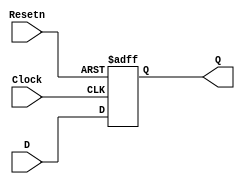
module reg3_2(D, Clock, Resetn, Q);
	input [2:0] D;
	input Clock, Resetn;
	output reg [2:0] Q;
	always @(posedge Clock or negedge Resetn)
		if (Resetn == 0) begin
			Q <= 3'b000;
		end else begin
			Q <= D;
		end
endmodule